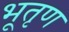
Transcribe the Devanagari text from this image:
भूतृण